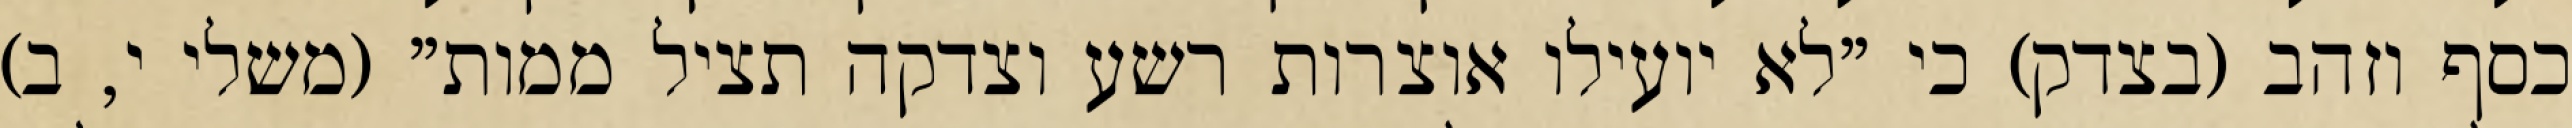
כסף וזהב (בצדק) כי "לא יועילו אוצרות רשע וצדקה תציל ממות" (משלי י, ב)